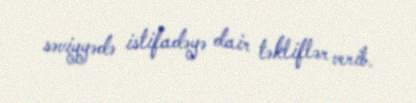
səviyyədə istifadəyə dair təkliflər verib.